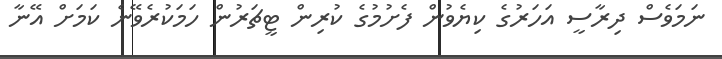
ނަމަވެސް ދިރާސީ އަހަރުގެ ކިޔެވުން ފެށުމުގެ ކުރިން ޓީޗަރުން ހަމަކުރެވޭނެ ކަމަށް އޭނާ